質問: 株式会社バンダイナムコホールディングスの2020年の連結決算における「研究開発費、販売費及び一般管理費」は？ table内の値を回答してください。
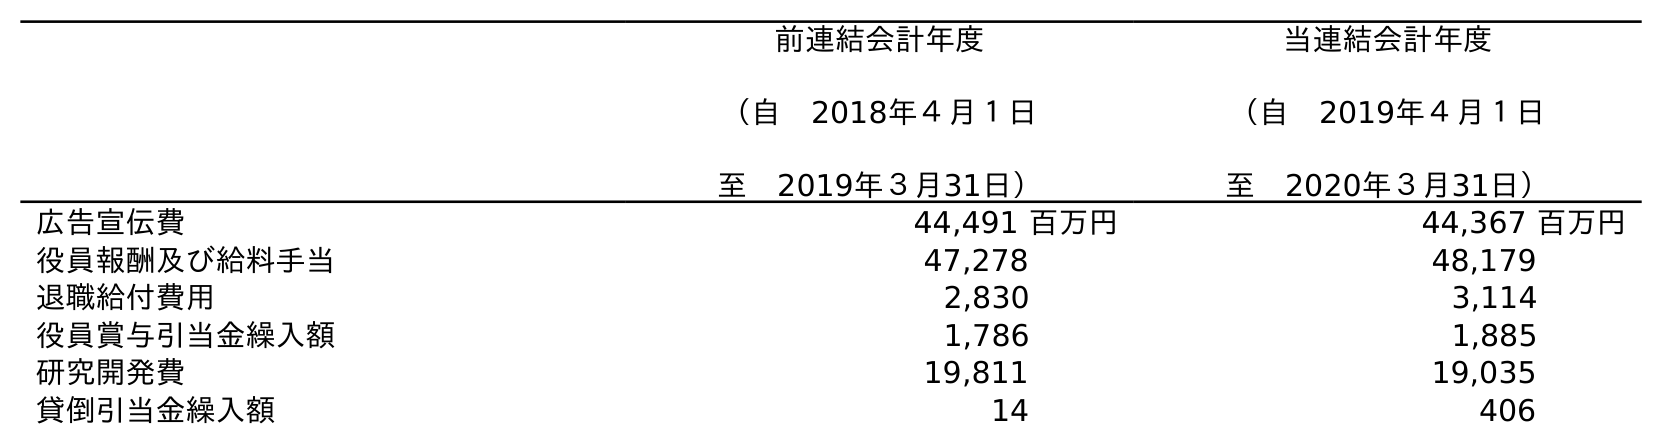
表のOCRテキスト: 前連結会計年度 （自 2018年４月１日 至 2019年３月31日） 当連結会計年度 （自 2019年４月１日 至 2020年３月31日） 広告宣伝費 44,491 百万円 44,367 百万円 役員報酬及び給料手当 47,278 48,179 退職給付費用 2,830 3,114 役員賞与引当金繰入額 1,786 1,885 研究開発費 19,811 19,035 貸倒引当金繰入額 14 406
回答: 19,035